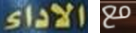
الاداء مع